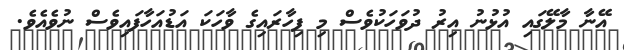
އޭނާ މާލޭގައި އުޅުނު އިރު ދުވަހަކުވެސް މި ފިހާރައިގެ ވާހަކަ އަޑުއަހާފައިވެސް ނުވެއެވެ.